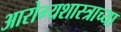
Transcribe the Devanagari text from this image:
आरोग्यशास्त्राच्या